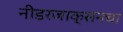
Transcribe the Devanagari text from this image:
नीडरजाक्सनचा